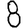
Digit: 8